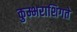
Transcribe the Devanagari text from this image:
कुम्भराशिगते